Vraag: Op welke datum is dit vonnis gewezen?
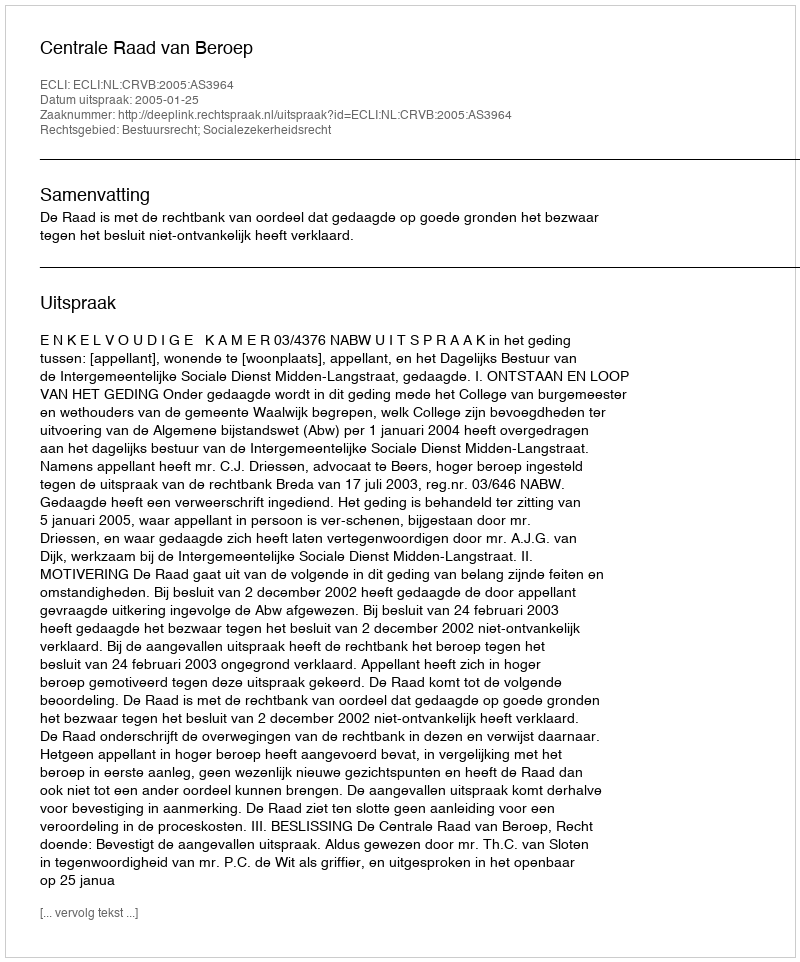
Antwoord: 2005-01-25